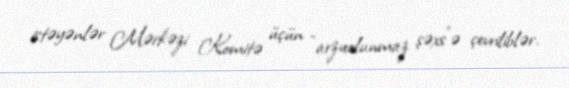
istəyənlər Mərkəzi Komitə üçün “arzuolunmaz şəxs”ə çevriliblər.